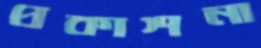
প্রকাশনা